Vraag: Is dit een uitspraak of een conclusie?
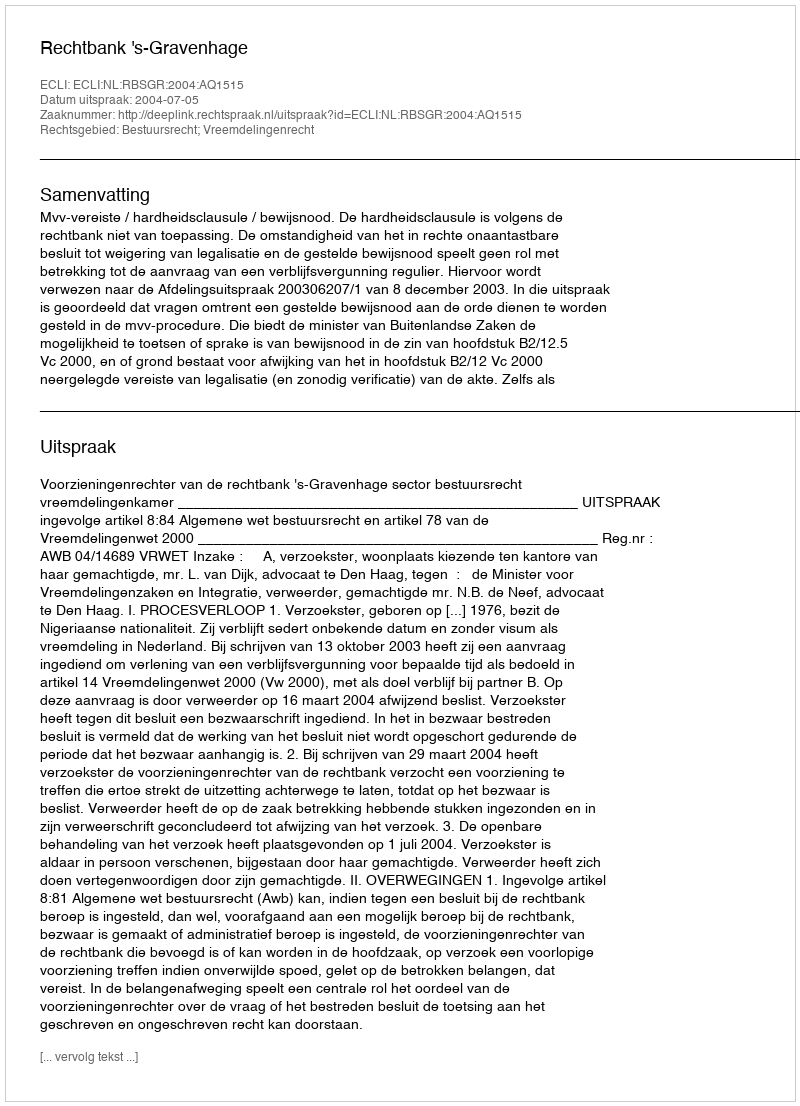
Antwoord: Uitspraak